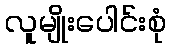
လူမျိုးပေါင်းစုံ